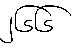
၂၆၆